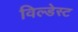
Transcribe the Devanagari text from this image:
विल्डेस्ट